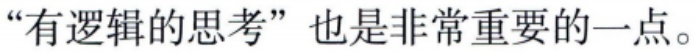
“有逻辑的思考”也是非常重要的一点。